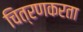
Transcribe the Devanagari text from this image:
चित्रणकरता